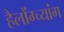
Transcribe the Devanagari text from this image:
हैलोंग्च्यांग